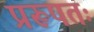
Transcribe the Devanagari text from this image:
प्ररूपतः